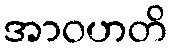
အာဝဟတိ